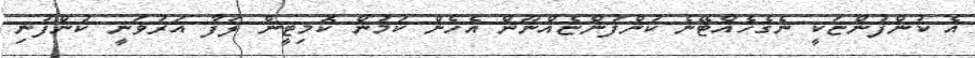
އެ ކުންފުންޏަކީ ނެގެހެއްޓޭނެ ކުންފުންޏެއްނޫން އެހެން ކަމުން ކޮމިޓީން ލަފާ އަރުވަނީ ކުންފުނި